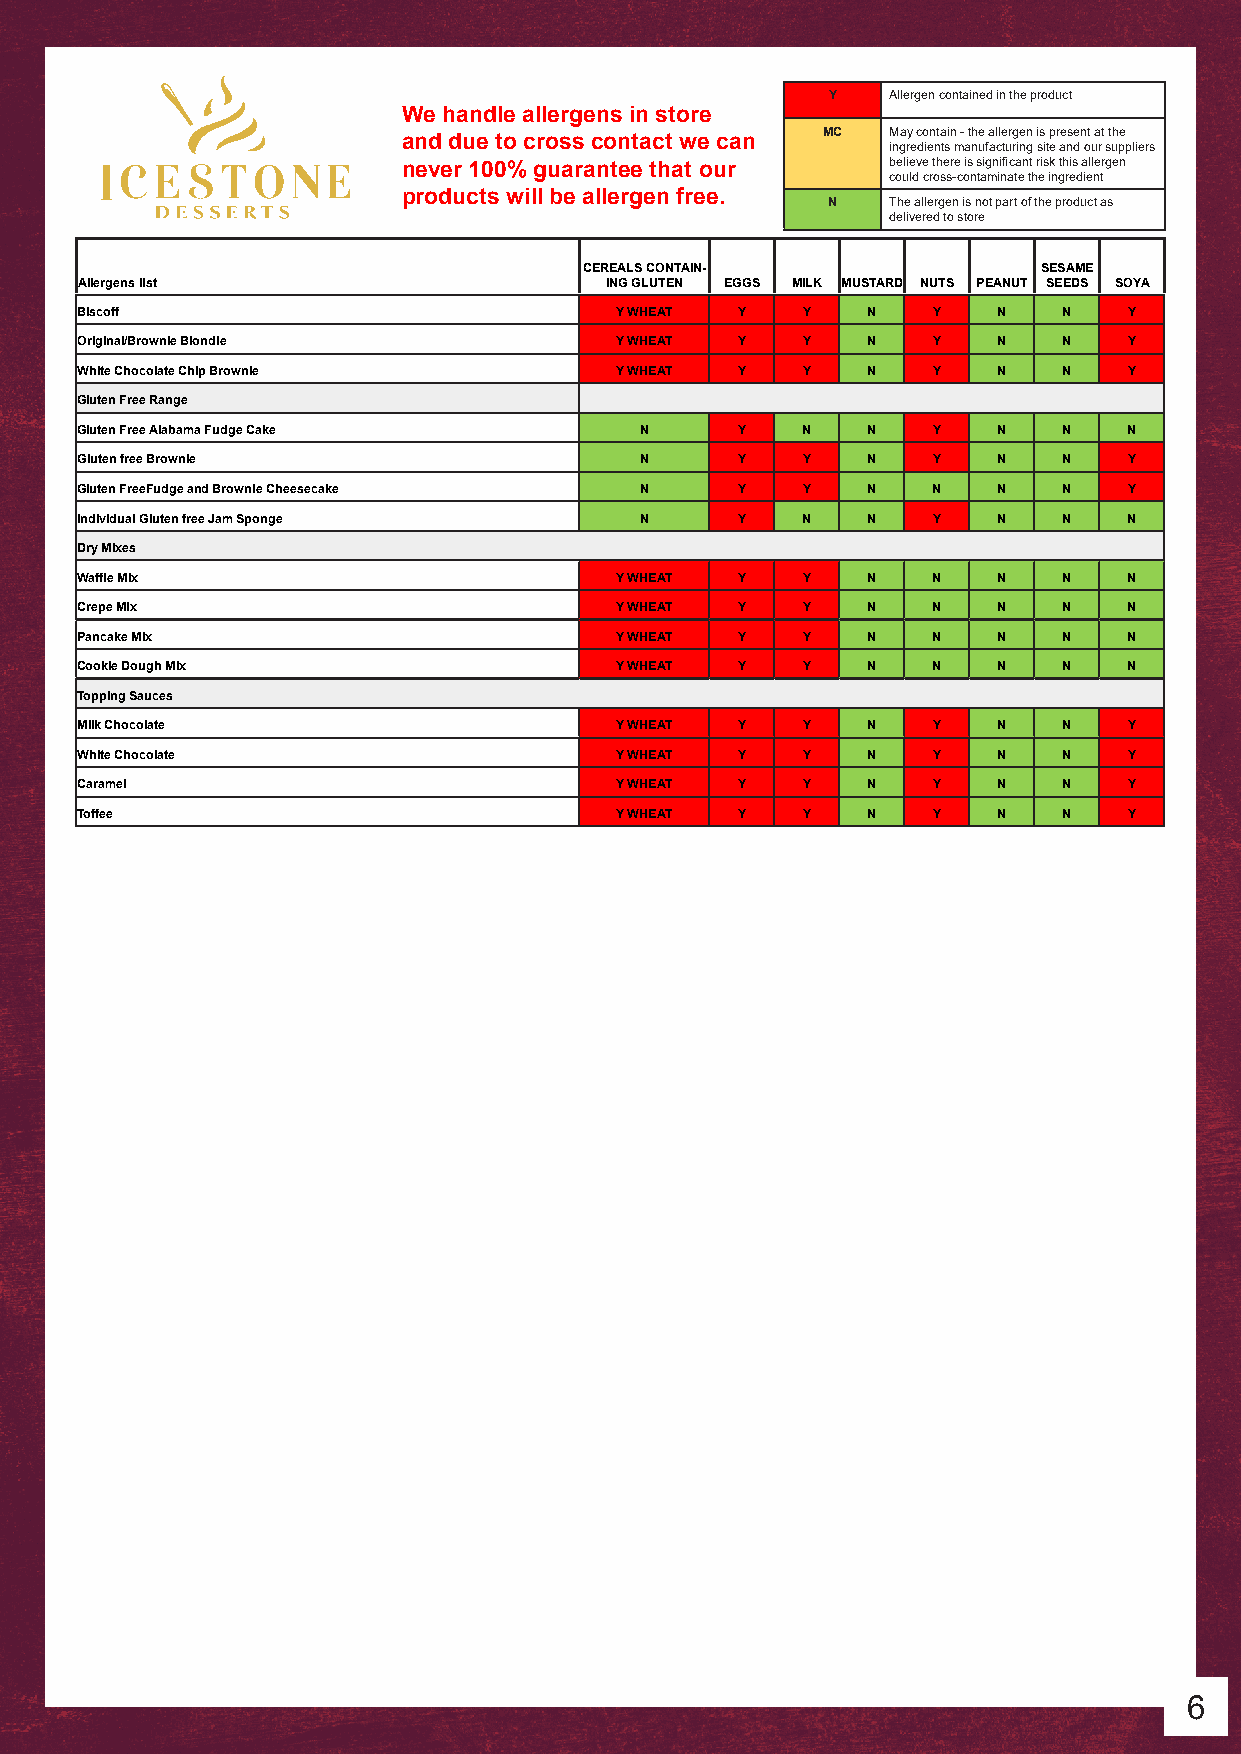
Y   Allergen contained in the product
 We handle allergens in store
 MC   May contain - the allergen is present at the
 and due to cross contact we can
 ingredients manufacturing site and our suppliers
 never 100% guarantee that our   believe there is significant risk this allergen
 could cross-contaminate the ingredient
 products will be allergen free.
 N   The allergen is not part of the product as
 delivered to store
 CEREALS CONTAIN-              SESAME
 Allergens list                     ING GLUTEN EGGS MILK MUSTARD NUTS PEANUT SEEDS SOYA
 Biscoff                             Y WHEAT Y   Y   N    Y   N   N    Y
 Original/Brownie Blondie            Y WHEAT Y   Y   N    Y   N   N    Y
 White Chocolate Chip Brownie        Y WHEAT Y   Y   N    Y   N   N    Y
 Gluten Free Range
 Gluten Free Alabama Fudge Cake       N      Y   N   N    Y   N   N    N
 Gluten free Brownie                  N      Y   Y   N    Y   N   N    Y
 Gluten FreeFudge and Brownie Cheesecake N   Y   Y   N    N   N   N    Y
 Individual Gluten free Jam Sponge    N      Y   N   N    Y   N   N    N
 Dry Mixes
 Waffle Mix                          Y WHEAT Y   Y   N    N   N   N    N
 Crepe Mix                           Y WHEAT Y   Y   N    N   N   N    N
 Pancake Mix                         Y WHEAT Y   Y   N    N   N   N    N
 Cookie Dough Mix                    Y WHEAT Y   Y   N    N   N   N    N
 Topping Sauces
 Milk Chocolate                      Y WHEAT Y   Y   N    Y   N   N    Y
 White Chocolate                     Y WHEAT Y   Y   N    Y   N   N    Y
 Caramel                             Y WHEAT Y   Y   N    Y   N   N    Y
 Toffee                              Y WHEAT Y   Y   N    Y   N   N    Y
 6